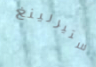
ستيرلينغ